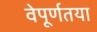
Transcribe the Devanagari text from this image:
वेपूर्णतया